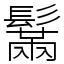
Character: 鬗